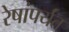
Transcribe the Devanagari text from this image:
रेषांपर्यंत